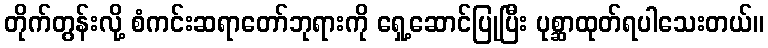
တိုက်တွန်းလို့ စံကင်းဆရာတော်ဘုရားကို ရှေ့ဆောင်ပြုပြီး ပုစ္ဆာထုတ်ရပါသေးတယ်။